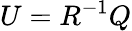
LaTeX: U={{R}^{-1}}Q